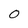
Character: O